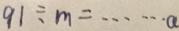
9 1 \div m = \cdots a